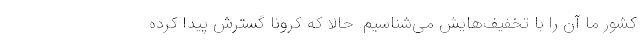
کشور ما آن را با تخفیف‌هایش می‌شناسیم. حالا که کرونا گسترش پیدا کرده